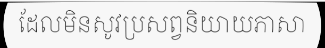
ដែលមិនសូវប្រសព្វនិយាយភាសា